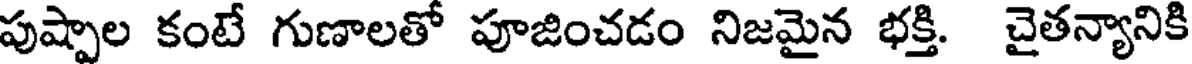
పుష్పాల కంటే గుణాలతో పూజించడం నిజమైన భక్తి. చైతన్యానికి